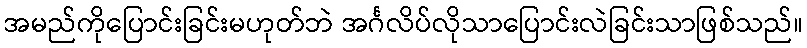
အမည်ကိုပြောင်းခြင်းမဟုတ်ဘဲ အင်္ဂလိပ်လိုသာပြောင်းလဲခြင်းသာဖြစ်သည်။